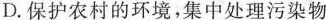
D.保护农村的环境，集中处理污染物